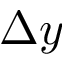
\Delta y